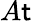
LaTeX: A\mathsf{t}